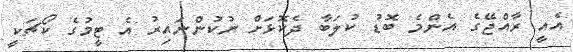
އެއީ ރާއްޖޭގެ އެންމެ ބޮޑު ކުލަބާ ދެކޮޅަށް ނުކުންނައިރު އެ ޓީމުގެ ކޯޗަކީ